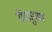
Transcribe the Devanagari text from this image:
रौंदाहुआ